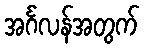
အင်္ဂလန်အတွက်